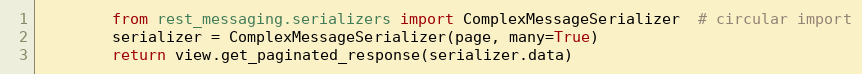
Language: Python
        from rest_messaging.serializers import ComplexMessageSerializer  # circular import
        serializer = ComplexMessageSerializer(page, many=True)
        return view.get_paginated_response(serializer.data)